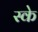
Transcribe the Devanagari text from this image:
स्के